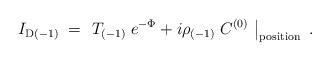
LaTeX: \begin{align*}I_{{\rm D}(-1)} \; = \; \left. T_{(-1)}\; e^{-\Phi}+ i \rho_{(-1)}\; C^{(0)}\ \right|_{\rm position} \ .\end{align*}